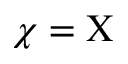
\chi = \Chi